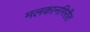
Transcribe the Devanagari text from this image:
मलकानगिरीत